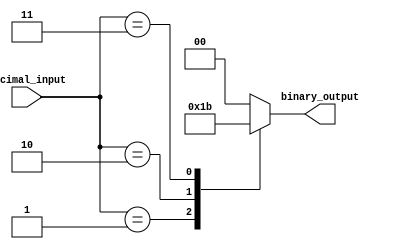
module priority_encoder(
    input [3:0] decimal_input,
    output reg [1:0] binary_output
);

always @(*) begin
    case(decimal_input)
        0: binary_output = 2'b00;
        1: binary_output = 2'b01;
        2: binary_output = 2'b10;
        3: binary_output = 2'b11;
        default: binary_output = 2'b00; // default output for invalid input
    endcase
end

endmodule